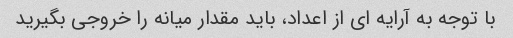
با توجه به آرایه ای از اعداد، باید مقدار میانه را خروجی بگیرید